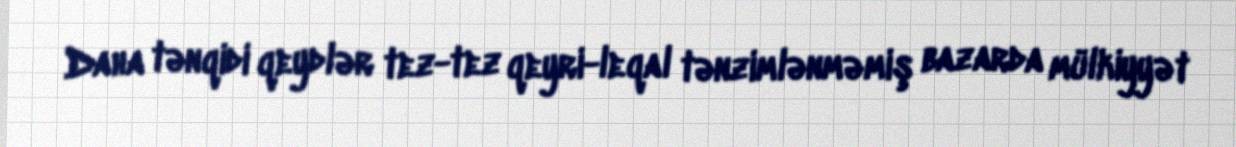
Daha tənqidi qeydlər tez-tez qeyri-leqal tənzimlənməmiş bazarda mülkiyyət